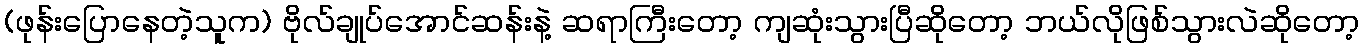
(ဖုန်းပြောနေတဲ့သူက) ဗိုလ်ချုပ်အောင်ဆန်းနဲ့ ဆရာကြီးတော့ ကျဆုံးသွားပြီဆိုတော့ ဘယ်လိုဖြစ်သွားလဲဆိုတော့